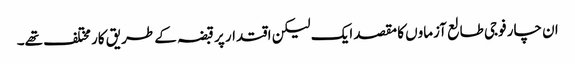
ان چار فوجی طالع آزماوں کا مقصد ایک لیکن اقتدار پر قبضہ کے طریق کار مختلف تھے۔